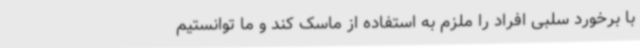
با برخورد سلبی افراد را ملزم به استفاده از ماسک کند و ما توانستیم